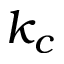
k _ { c }